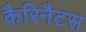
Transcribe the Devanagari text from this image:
कैरिनैटस